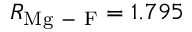
R _ { \mathrm { M g \mathrm { ~ - ~ } F } } = 1 . 7 9 5